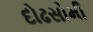
દોઢસોમી